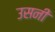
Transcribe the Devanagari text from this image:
उसनी